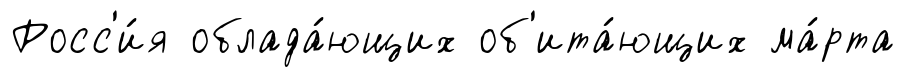
Росс'и́я облада́ющих об'ита́ющих ма́рта